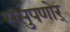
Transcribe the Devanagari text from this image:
ससुपणोर्